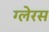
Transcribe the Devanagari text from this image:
ग्लेरस